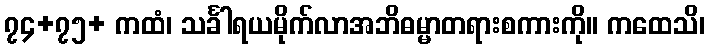
၇၄+၇၅+ ကထံ၊ သင်္ခါရယမိုက်လာအဘိဓမ္မာတရားစကားကို။ ကထေသိ၊